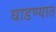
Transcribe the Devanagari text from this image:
धाडण्यात